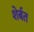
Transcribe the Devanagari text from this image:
शेर्बत